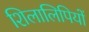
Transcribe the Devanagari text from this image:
शिलालिपियों